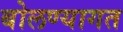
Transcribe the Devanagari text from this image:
बोलण्यागत